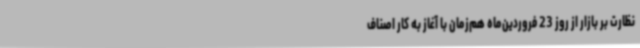
نظارت بر بازار از روز 23 فروردین‌ماه هم‌زمان با آغاز به کار اصناف